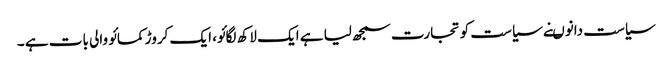
سیاست دانوںنے سیاست کو تجارت سمجھ لیا ہے ایک لاکھ لگائو، ایک کروڑ کمائو والی بات ہے ۔